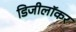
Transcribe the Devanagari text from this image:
डिजीलॉकर